Lunatic asylums Central Provinces reports 1886-1894 - 1886-1894
Year: 1886
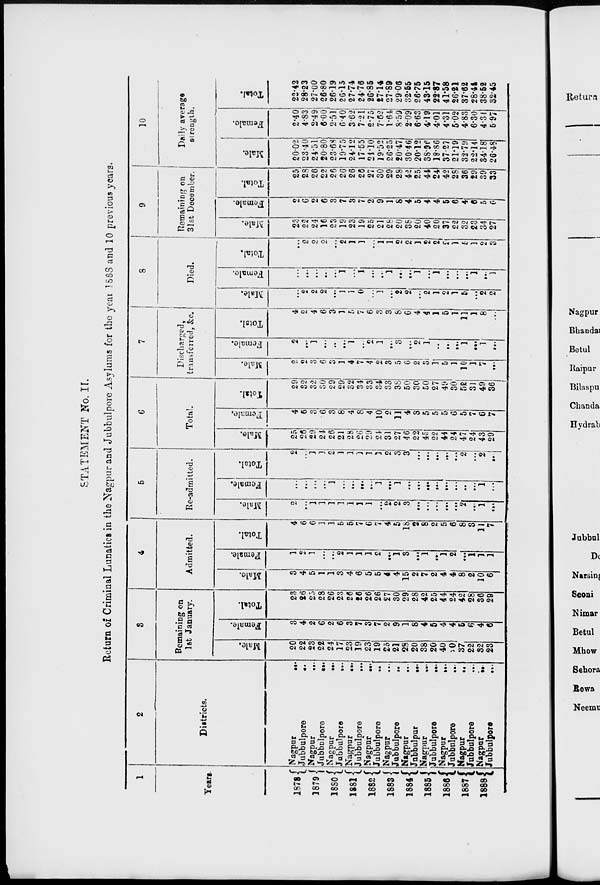
STATEMENT No. II.
Return of Criminal Lunatics in the Nagpur and Jubbulpore Asylums for the year 1888 and 10 previous years.
1
Years.
1878
1879
1880
1881
1882
1883
1884
1885
1886
1887
1888
2
Districts.
Nagpur
...
Jubbulpore
...
Nagpur ...
Jubbulpore
...
Nagpur
...
Jubbulpore
...
Nagpur
...
Jubbulpore
...
Nagpur ...
Jubbulpore ...
Nagpur ...
Jubbulpore
...
Nagpur ...
Jubbulpur
...
Nagpur
...
Jubbulpore
...
Nagpur
...
Jubbulpore
...
Nagpur
...
Jubbulpore ...
Nagpur
...
Jubbulpore
...
3
Remaining on
1st January.
Male.
20
22
23
22
24
17
23
19
23
19
25
21
28
20
38
20
40
20
37
22
32
23
Female.
3
4
2
6
2
6
3
7
3
7
2
9
1
8
4
5
4
4
5
6
4
6
Total.
23
26
25
28
26
23
26
26
26
26
27
30
29
28
42
25
44
24
42
28
36
29
4
Admitted.
Male.
3
4
5
1
1
3
4
6
5
5
4
4
15
2
7
2
4
4
8
2
10
6
Female.
1
2
1
...
...
2
1
1
1
2
...
1
3
...
1
...
1
2
...
1
1
1
Total.
4
6
6
1
1
5
5
7
6
7
4
5
18
2
8
2
5
6
8
3
11
7
5
Re-admitted.
Male.
2
...
1
1
1
1
1
1
1
...
2
2
3
...
...
...
...
..
2
...
1
...
Female.
...
...
...
...
1
...
...
...
...
1
...
1
...
...
...
...
...
...
...
...
1
...
Total.
2
...
1
1
2
1
1
1
1
1
2
3
3
...
...
...
...
...
2
...
2
...
6
Total.
Male.
25
26
29
24
26
21
28
26
29
24
31
27
46
22
45
22
44
24
47
24
43
29
Female.
4
6
3
6
3
8
4
8
4
10
2
11
4
8
5
5
5
6
5
7
6
7
Total.
29
32
32
30
29
29
32
34
33
34
33
38
50
30
50
27
49
30
52
31
49
36
7
Discharged,
transferred, &c.
Male.
2
2
3
6
3
1
4
7
4
2
3
5
6
2
3
1
5
1
10
1
7
...
Female.
2
...
1
...
...
...
1
...
2
1
...
3
...
2
1
..
...
...
1
...
1
...
Total.
4
2
4
6
3
1
5
7
6
3
3
8
6
4
4
1
5
1
11
1
8
...
8
Died.
Male.
...
2
2
2
...
1
1
0
...
1
...
2
2
...
2
1
2
1
5
...
2
2
Female.
...
...
...
...
...
1
...
1
...
...
1
...
...
1
...
1
...
...
...
1
...
1
Total.
...
2
2
2
...
2
1
1
...
1
1
2
2
1
2
2
2
1
5
1
2
3
9
Remaining on
31st December.
Male.
23
22
24
16
23
19
23
19
25
21
28
20
38
20
40
20
37
22
32
23
34
27
Female.
2
6
2
6
3
7
3
7
2
9
1
8
4
5
4
4
5
6
4
6
5
6
Total.
25
28
26
22
26
26
26
26
27
30
29
28
42
25
44
24
42
28
36
29
39
33
10
Daily average
strength.
Male.
20.02
23.40
24.51
20.80
23.68
19.75
24.12
17.55
24.10
19.52
26.25
20.47
30.46
20.12
38.96
18.86
37.27
21.19
32.79
22.14
34.18
26.48
Female.
2.40
4.83
2.49
6.00
2.51
6.40
3.62
7.21
2.75
7.62
1.64
8.59
2.09
6.63
4.19
4.01
4.31
5.02
4.83
6.30
4.34
5.97
Total.
22.42
28.23
27.00
26.80
26.19
26.15
27.74
24.76
26.85
27.14
27.89
29.06
32.55
26.75
43.15
22.87
41.58
26.21
37.62
28.44
38.52
32.45